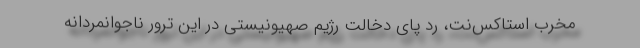
مخرب استاکس‌نت، رد پای دخالت رژیم صهیونیستی در این ترور ناجوانمردانه